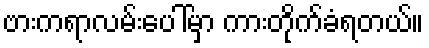
ဗားကရာလမ်းပေါ်မှာ ကားတိုက်ခံရတယ်။